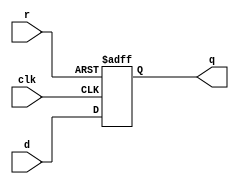
`timescale 1ns / 1ps
//////////////////////////////////////////////////////////////////////////////////
// Company: 
// Engineer: 
// 
// Design Name: 
// Module Name: asyncdff
// Project Name: 
// Target Devices: 
// Tool Versions: 
// Description: 
// 
// Dependencies: 
// 
// Revision:
// Revision 0.01 - File Created
// Additional Comments:
// 
//////////////////////////////////////////////////////////////////////////////////


module asyncdff(
input d,
input r,
input clk,
output reg q
    );
always@(posedge clk,posedge r)
begin
if(r)
q<=0;
else
q<=d;
end
endmodule